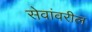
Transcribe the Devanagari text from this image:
सेवांवरील